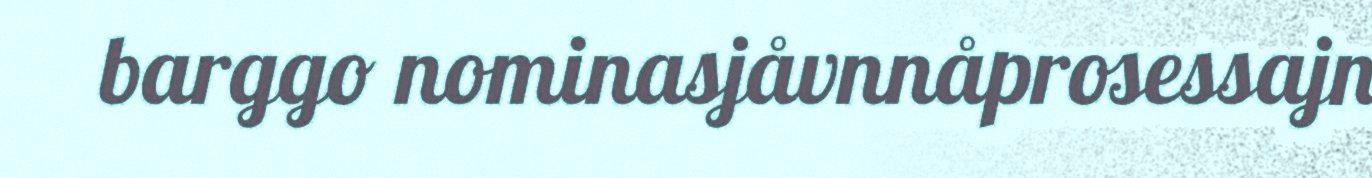
barggo nominasjåvnnåprosessajn